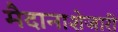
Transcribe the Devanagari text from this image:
मैदानाशेजारी